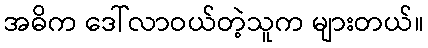
အဓိက ဒေါ်လာဝယ်တဲ့သူက များတယ်။